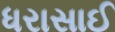
ધરાસાઈ